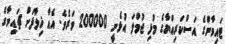
ޓައިވާންގެ އަސްކަރިއްޔާގެ މުޅި ޖުމްލަ އުޅެނީ 200000 ވަރެވެ. އެއާ ޚިލާފަށް ޗައިނާގެ